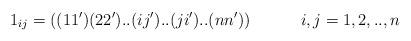
LaTeX: \begin{align*}1_{ij} = ((11')(22')..(ij')..(ji')..(nn'))\hspace{.5in} i,j =1,2,..,n\end{align*}